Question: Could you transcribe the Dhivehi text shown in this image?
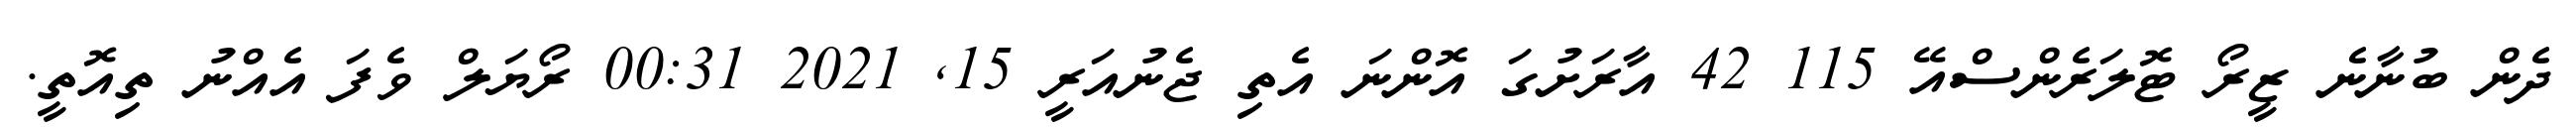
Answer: ދެން ބުނާނެ ޒީރޯ ޓޮލަރެންސްއޭ 115 42 އާރަށުގަ އޮންނަ އެތި ޖެނުއަރީ 15, 2021 00:31 ރޯޔަލް ވެފަ އެއްނު ތިއޮތީ.